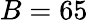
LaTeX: B=65